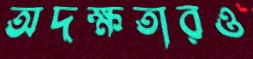
অদক্ষতারও